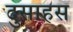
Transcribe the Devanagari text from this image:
दुसाहस